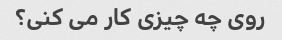
روی چه چیزی کار می کنی؟